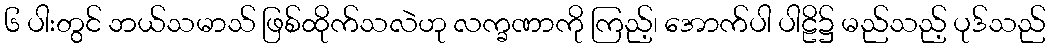
၆ ပါးတွင် ဘယ်သမာသ် ဖြစ်ထိုက်သလဲဟု လက္ခဏာကို ကြည့်၊ အောက်ပါ ပါဠိ၌ မည်သည့် ပုဒ်သည်